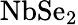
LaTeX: \mathrm{NbSe_{2}}